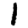
Digit: 1